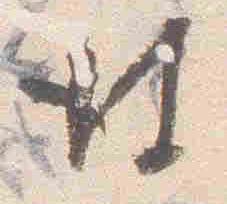
彼